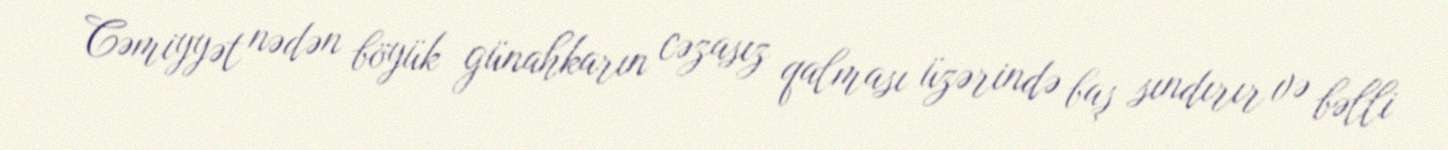
Cəmiyyət nədən böyük günahkarın cəzasız qalması üzərində baş sındırır və bəlli